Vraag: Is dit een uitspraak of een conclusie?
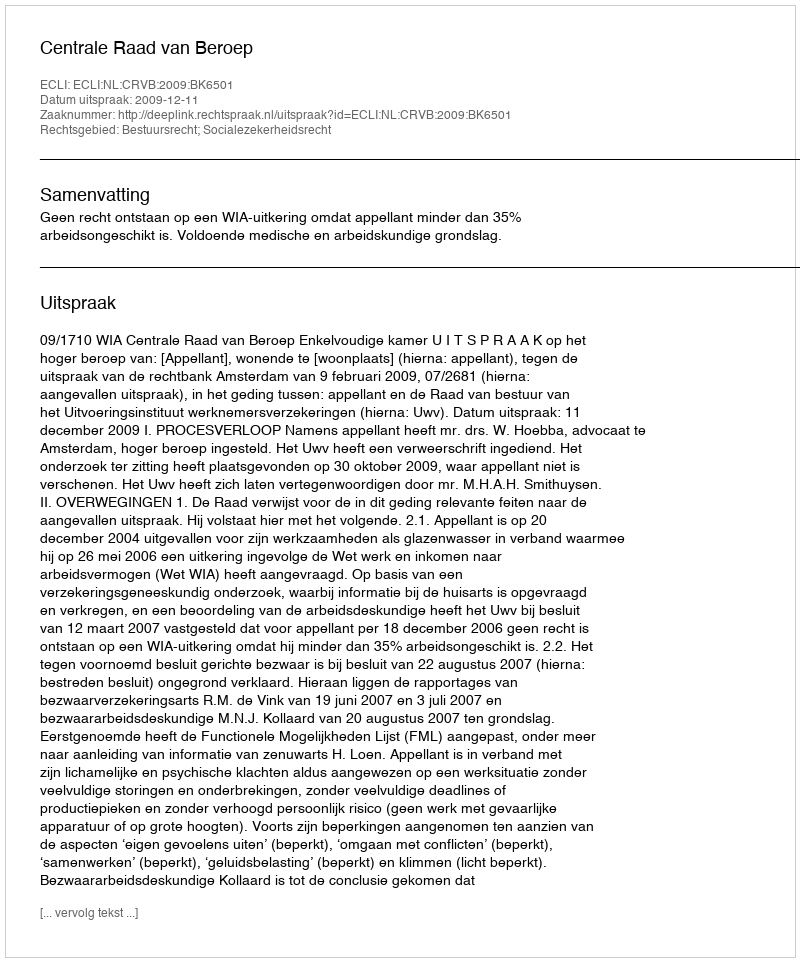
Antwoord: Uitspraak